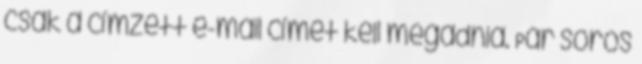
csak a címzett e-mail címét kell megadnia. Pár soros